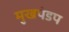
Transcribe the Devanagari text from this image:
मुखपंडप